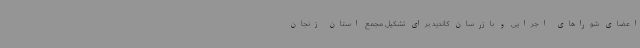
اعضای شوراهای اجرایی و بازرسان کاندید برای تشکیل مجمع استان زنجان